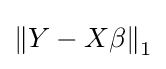
\left\|Y-X\beta \right\|_{1}